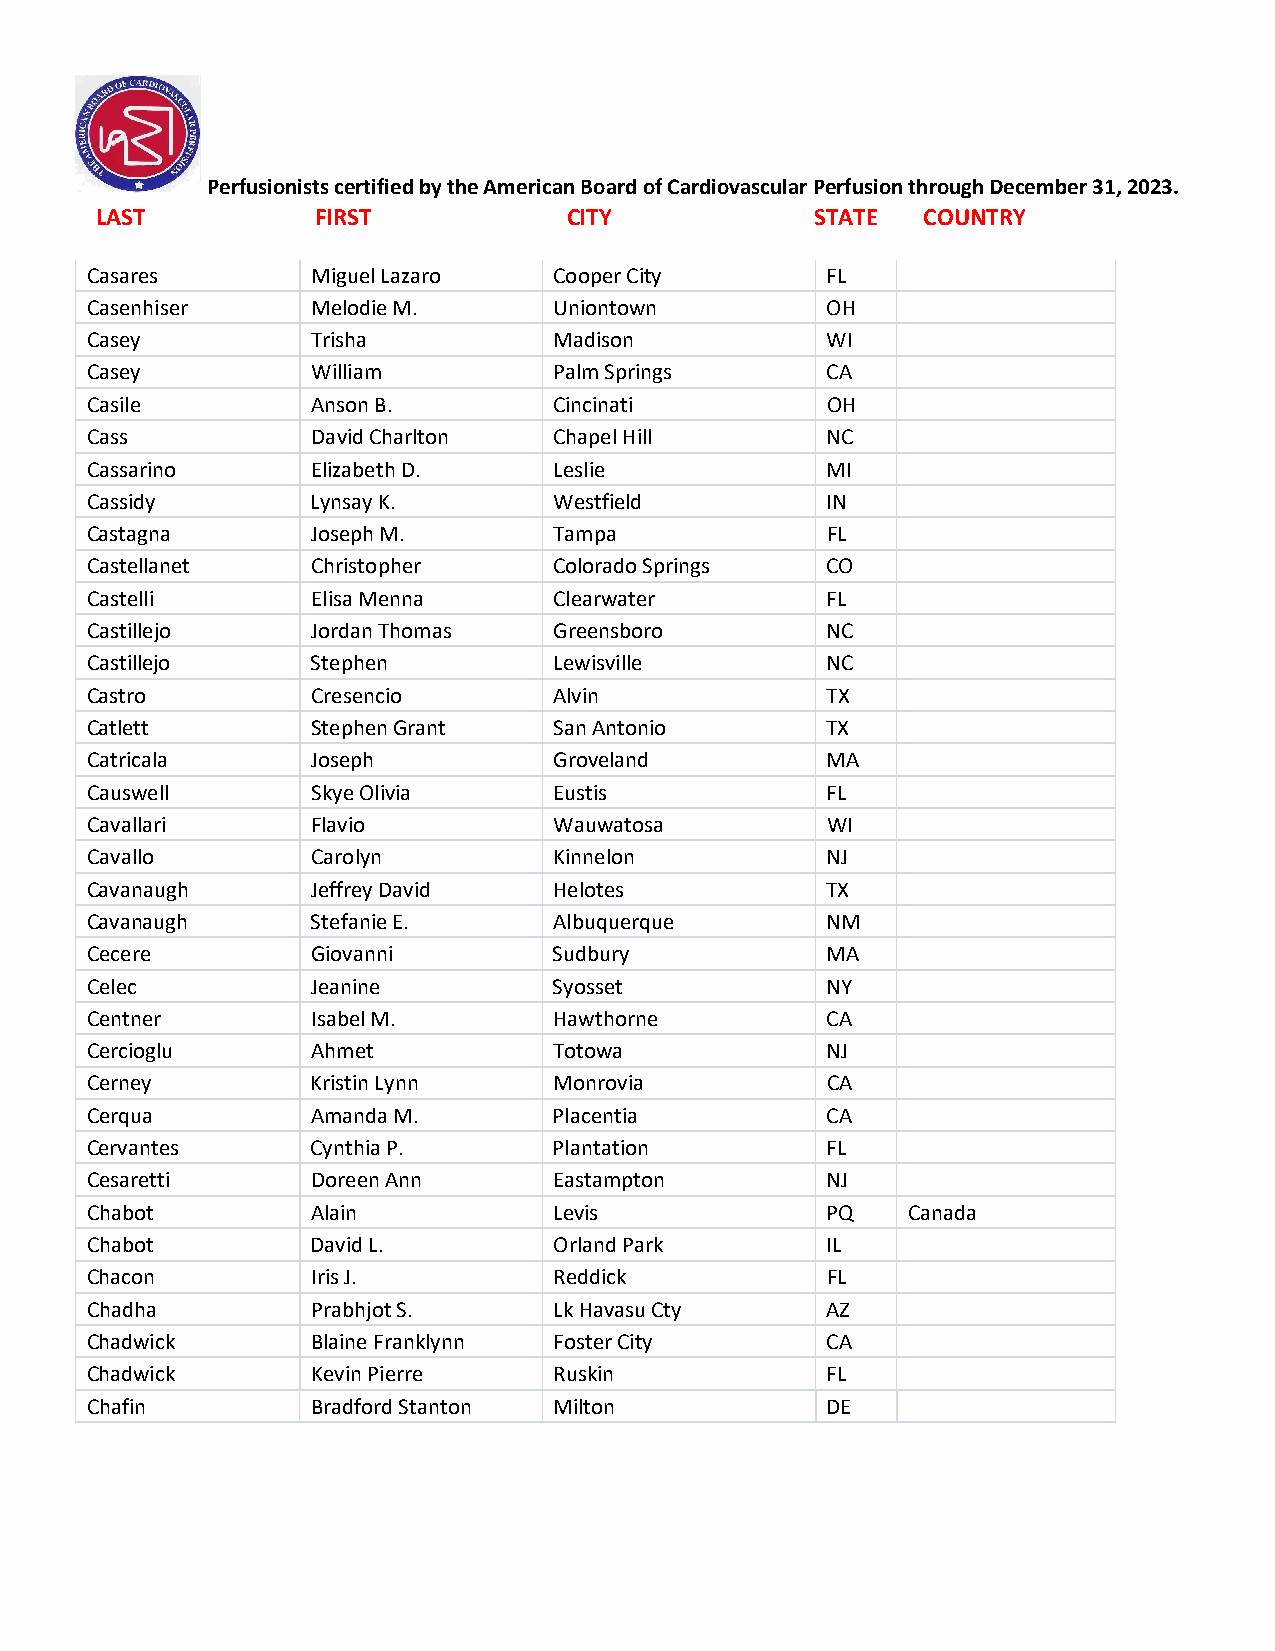
Perfusionists certified by the American Board of Cardiovascular Perfusion through December 31, 2023.
 LAST           FIRST            CITY            STATE  COUNTRY
 Casares        Miguel Lazaro   Cooper City       FL
 Casenhiser     Melodie M.      Uniontown         OH
 Casey          Trisha          Madison           WI
 Casey          William         Palm Springs      CA
 Casile         Anson B.        Cincinati         OH
 Cass           David Charlton  Chapel Hill       NC
 Cassarino      Elizabeth D.    Leslie            MI
 Cassidy        Lynsay K.       Westfield         IN
 Castagna       Joseph M.       Tampa             FL
 Castellanet    Christopher     Colorado Springs  CO
 Castelli       Elisa Menna     Clearwater        FL
 Castillejo     Jordan Thomas   Greensboro        NC
 Castillejo     Stephen         Lewisville        NC
 Castro         Cresencio       Alvin             TX
 Catlett        Stephen Grant   San Antonio       TX
 Catricala      Joseph          Groveland         MA
 Causwell       Skye Olivia     Eustis            FL
 Cavallari      Flavio          Wauwatosa         WI
 Cavallo        Carolyn         Kinnelon          NJ
 Cavanaugh      Jeffrey David   Helotes           TX
 Cavanaugh      Stefanie E.     Albuquerque       NM
 Cecere         Giovanni        Sudbury           MA
 Celec          Jeanine         Syosset           NY
 Centner        Isabel M.       Hawthorne         CA
 Cercioglu      Ahmet           Totowa            NJ
 Cerney         Kristin Lynn    Monrovia          CA
 Cerqua         Amanda M.       Placentia         CA
 Cervantes      Cynthia P.      Plantation        FL
 Cesaretti      Doreen Ann      Eastampton        NJ
 Chabot         Alain           Levis             PQ   Canada
 Chabot         David L.        Orland Park       IL
 Chacon         Iris J.         Reddick           FL
 Chadha         Prabhjot S.     Lk Havasu Cty     AZ
 Chadwick       Blaine Franklynn Foster City      CA
 Chadwick       Kevin Pierre    Ruskin            FL
 Chafin         Bradford Stanton Milton           DE